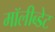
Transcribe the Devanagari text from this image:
मॉलीब्डेट